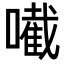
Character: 𡁶